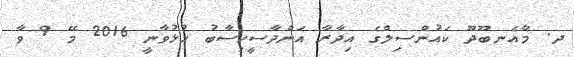
ދ. މާއެނބޫދޫ ކައުންސިލްގެ އިދާރާ އަންދާސީހިސާބު ހުޅުވާނީ 2016 މޭ 9 ވާ